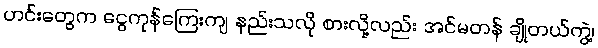
ဟင်းတွေက ငွေကုန်ကြေးကျ နည်းသလို စားလို့လည်း အင်မတန် ချိုတယ်ကွဲ့၊